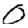
Digit: 0